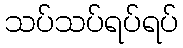
သပ်သပ်ရပ်ရပ်